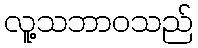
လူ့သဘာဝသည်